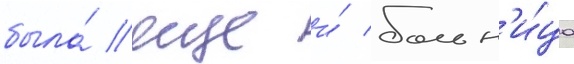
была́ еще и́ больн'и́ца